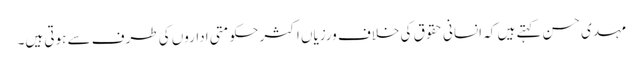
مہدی حسن کہتے ہیں کہ انسانی حقوق کی خلاف ورزیاں اکثر حکومتی اداروں کی طرف سے ہوتی ہیں۔